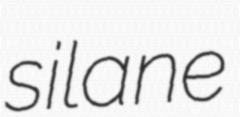
silane